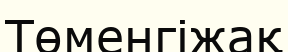
Төменгіжақ